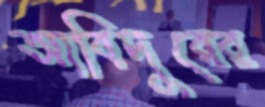
আবিদুরের